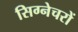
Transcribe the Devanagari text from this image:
सिग्नेचरों